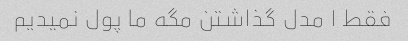
فقط ۱ مدل گذاشتن مگه ما پول نمیدیم